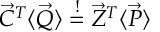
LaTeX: \vec { C } ^ { T } \langle \vec { Q } \rangle \stackrel { ! } { = } \vec { Z } ^ { T } \langle \vec { P } \rangle